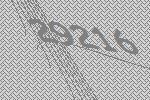
29216